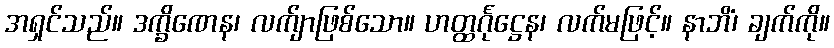
အရှင်သည်။ ဒက္ခိဏေန၊ လက်ျာဖြစ်သော။ ဟတ္ထင်္ဂုဋ္ဌေန၊ လက်မဖြင့်။ နာဘိံ၊ ချက်ကို။